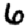
Digit: 6